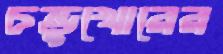
চন্ডুখোরের